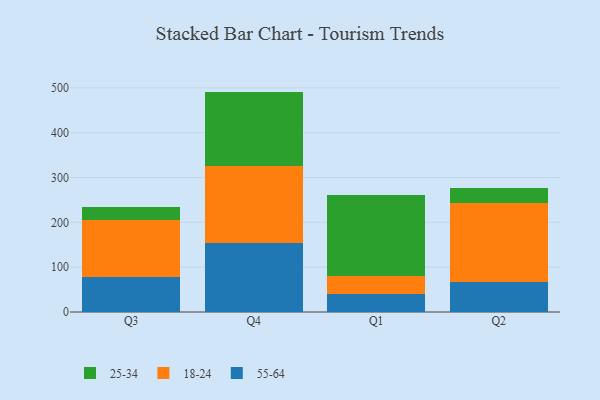
{"axis": {"x": "Quarter", "y": "Population (Million)"}, "legend": ["18-24", "25-34", "55-64"], "data": [{"x": "Q3", "y": 78.1, "type": "55-64"}, {"x": "Q3", "y": 126.7, "type": "18-24"}, {"x": "Q3", "y": 28.6, "type": "25-34"}, {"x": "Q4", "y": 154.7, "type": "55-64"}, {"x": "Q4", "y": 170.4, "type": "18-24"}, {"x": "Q4", "y": 166.5, "type": "25-34"}, {"x": "Q1", "y": 40.5, "type": "55-64"}, {"x": "Q1", "y": 40.7, "type": "18-24"}, {"x": "Q1", "y": 180.0, "type": "25-34"}, {"x": "Q2", "y": 66.5, "type": "55-64"}, {"x": "Q2", "y": 176.2, "type": "18-24"}, {"x": "Q2", "y": 33.2, "type": "25-34"}]}